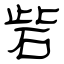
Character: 砦